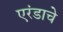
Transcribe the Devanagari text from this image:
एरंडाचे